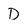
Character: D